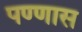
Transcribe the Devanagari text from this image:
पण्णास